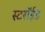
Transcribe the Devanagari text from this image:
स्टरॉईड